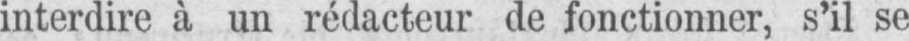
interdire à un rédacteur de fonctionner, s’il se